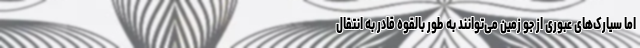
اما سیارک‌های عبوری از جو زمین می‌توانند به طور بالقوه قادر به انتقال